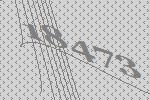
18473